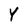
Character: Y